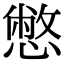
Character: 憋